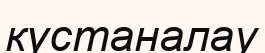
күстаналау